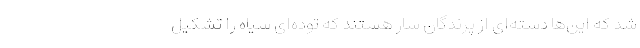
شد که این‌ها دسته‌ای از پرندگان سار هستند که توده‌ای سیاه را تشکیل